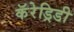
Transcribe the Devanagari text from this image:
कॅरेड्रिडी